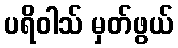
ပရိဝါသ် မှတ်ဖွယ်